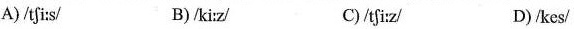
A) /tfi:s/ B)/ki:z/ C)/tfi:z/ D) /kes/